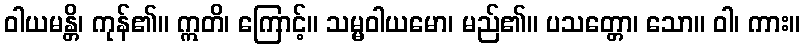
ဝါယမန္တိ၊ ကုန်၏။ ဣတိ၊ ကြောင့်။ သမ္မဝါယမော၊ မည်၏။ ပသတ္တော၊ သော။ ဝါ၊ ကား။